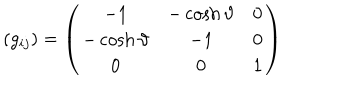
( g _ { i j } ) = \left( \begin{array} { c c c } { { - 1 } } & { { - \cosh \vartheta } } & { { 0 } } \\ { { - \cosh \vartheta } } & { { - 1 } } & { { 0 } } \\ { { 0 } } & { { 0 } } & { { 1 } } \\ \end{array} \right)